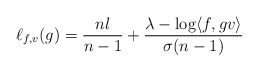
\begin{align*}\ell_{f,v} (g) = \frac{n l}{n-1} + \frac{\lambda - \log \langle f, g v \rangle}{\sigma(n-1)} \end{align*}